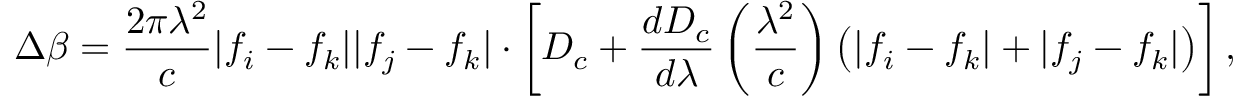
\Delta \beta = \frac { 2 \pi \lambda ^ { 2 } } { c } \lvert f _ { i } - f _ { k } \rvert \lvert f _ { j } - f _ { k } \rvert \cdot \left[ D _ { c } + \frac { d D _ { c } } { d \lambda } \left( \frac { \lambda ^ { 2 } } { c } \right) \left( \lvert f _ { i } - f _ { k } \rvert + \lvert f _ { j } - f _ { k } \rvert \right) \right] ,